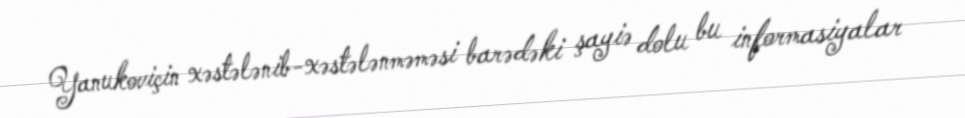
Yanukoviçin xəstələnib-xəstələnməməsi barədəki şayiə dolu bu informasiyalar